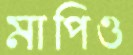
মাপিও